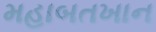
મહાબતખાન